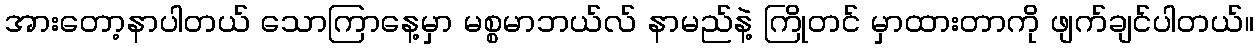
အားတော့နာပါတယ် သောကြာနေ့မှာ မစ္စမာဘယ်လ် နာမည်နဲ့ ကြိုတင် မှာထားတာကို ဖျက်ချင်ပါတယ်။